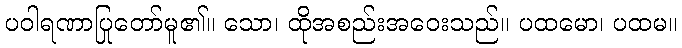
ပဝါရဏာပြုတော်မူ၏။ သော၊ ထိုအစည်းအဝေးသည်။ ပထမော၊ ပထမ။